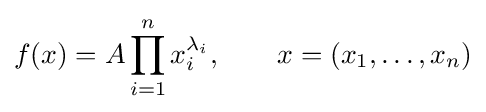
f(x)=A\prod _{i=1}^{n}x_{i}^{\lambda _{i}},\qquad x=(x_{1},\ldots ,x_{n})